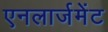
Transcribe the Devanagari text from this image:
एनलार्जमेंट